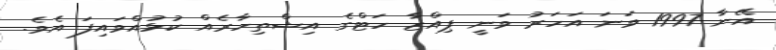
އޭނާ 1997 ވަނަ އަހަރު ވަނީ ޕިއްޒާ ހަޓްގެ އިޝްތިހާރެއް ކުޅުއްވައިފަ އެވެ.